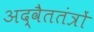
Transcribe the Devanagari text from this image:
अद्वैततंत्रों